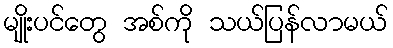
မျိုးပင်တွေ အစ်ကို သယ်ပြန်လာမယ်